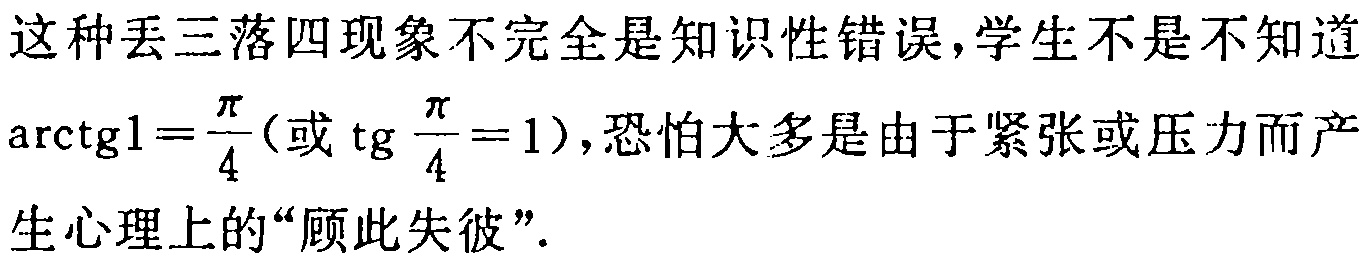
这种丢三落四现象不完全是知识性错误,学生不是不知道

$\arctan1 = \frac{\pi}{4}$(或$\tan\frac{\pi}{4} = 1$),恐怕大多是由于紧张或压力而产

生心理上的“顾此失彼”.